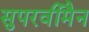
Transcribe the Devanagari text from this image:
सुपरवीमैन